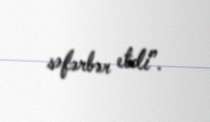
səfərbər etdi”.